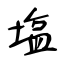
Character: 塩